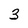
Character: 3